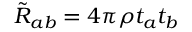
\tilde { R } _ { a b } = 4 \pi \rho t _ { a } t _ { b }